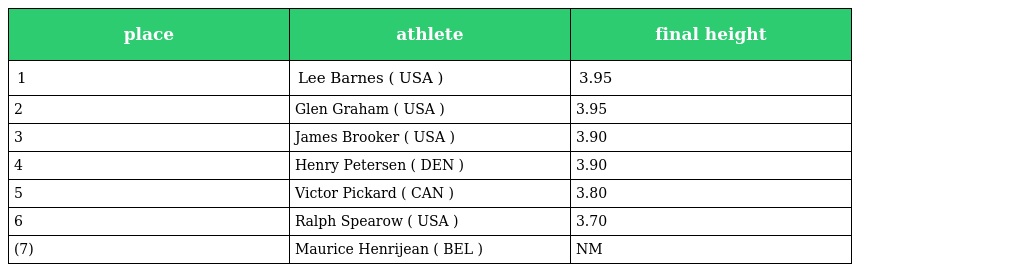
| place | athlete | final height |
 | --- | --- | --- |
 | 1 | Lee Barnes ( USA ) | 3.95 |
 | 2 | Glen Graham ( USA ) | 3.95 |
 | 3 | James Brooker ( USA ) | 3.90 |
 | 4 | Henry Petersen ( DEN ) | 3.90 |
 | 5 | Victor Pickard ( CAN ) | 3.80 |
 | 6 | Ralph Spearow ( USA ) | 3.70 |
 | (7) | Maurice Henrijean ( BEL ) | NM |